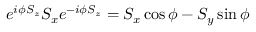
e ^ { i \phi S _ { z } } S _ { x } e ^ { - i \phi S _ { z } } = S _ { x } \cos \phi - S _ { y } \sin \phi